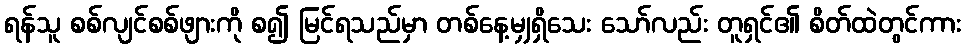
ရန်သူ စစ်လျင်စစ်ဖျားကို စ၍ မြင်ရသည်မှာ တစ်နေ့မျှရှိသေး သော်လည်း တူရှင်၏ စိတ်ထဲတွင်ကား